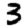
Digit: 3